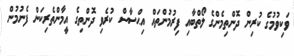
ވަކިވުމުގެ ކުރިން ދޮންތިމެންގެ ލޯތްބާއި ފިރުމުންތައް އިޙްސާސް ކުރެވި ދޮންތިގެ އީމާންތެރިކަން ފެނުމުން